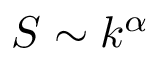
S \sim k ^ { \alpha }